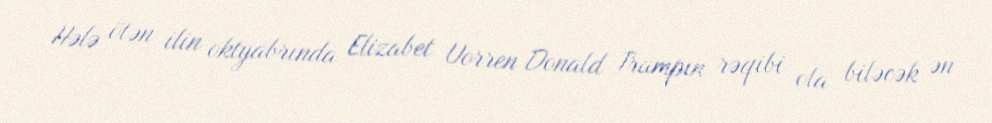
Hələ ötən ilin oktyabrında Elizabet Uorren Donald Trampın rəqibi ola biləcək ən